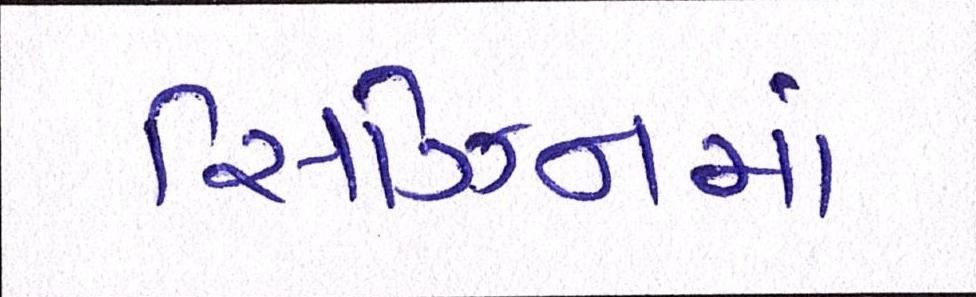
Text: સિઝનમાં